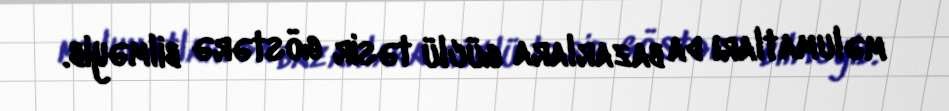
məlumatları da bazarlara güclü təsir göstərə bilməyib.